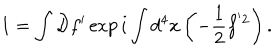
LaTeX: 1 = \int { \cal D } f ^ { \prime } \exp i \int d ^ { 4 } x \left( - \frac { 1 } { 2 } f ^ { ' 2 } \right) .